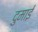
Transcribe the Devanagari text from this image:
दुमाई